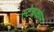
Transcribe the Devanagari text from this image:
स्टेचकोम